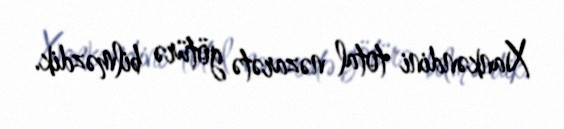
Xankəndini total nəzarətə götürə bilməzdik.